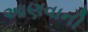
આણવાની